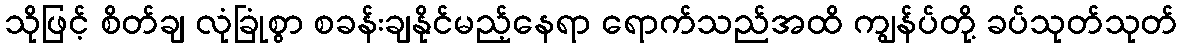
သိုဖြင့် စိတ်ချ လုံခြုံစွာ စခန်းချနိုင်မည့်နေရာ ရောက်သည်အထိ ကျွန်ပ်တို့ ခပ်သုတ်သုတ်